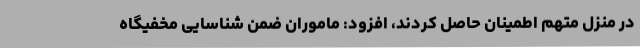
در منزل متهم اطمینان حاصل کردند، افزود: ماموران ضمن شناسایی مخفیگاه